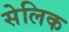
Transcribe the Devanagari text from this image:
सेलिक